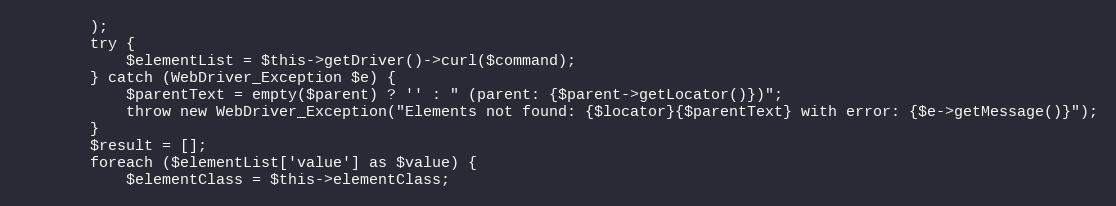
Language: PHP
        );
        try {
            $elementList = $this->getDriver()->curl($command);
        } catch (WebDriver_Exception $e) {
            $parentText = empty($parent) ? '' : " (parent: {$parent->getLocator()})";
            throw new WebDriver_Exception("Elements not found: {$locator}{$parentText} with error: {$e->getMessage()}");
        }
        $result = [];
        foreach ($elementList['value'] as $value) {
            $elementClass = $this->elementClass;